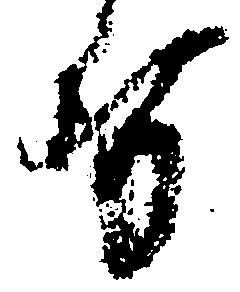
せ